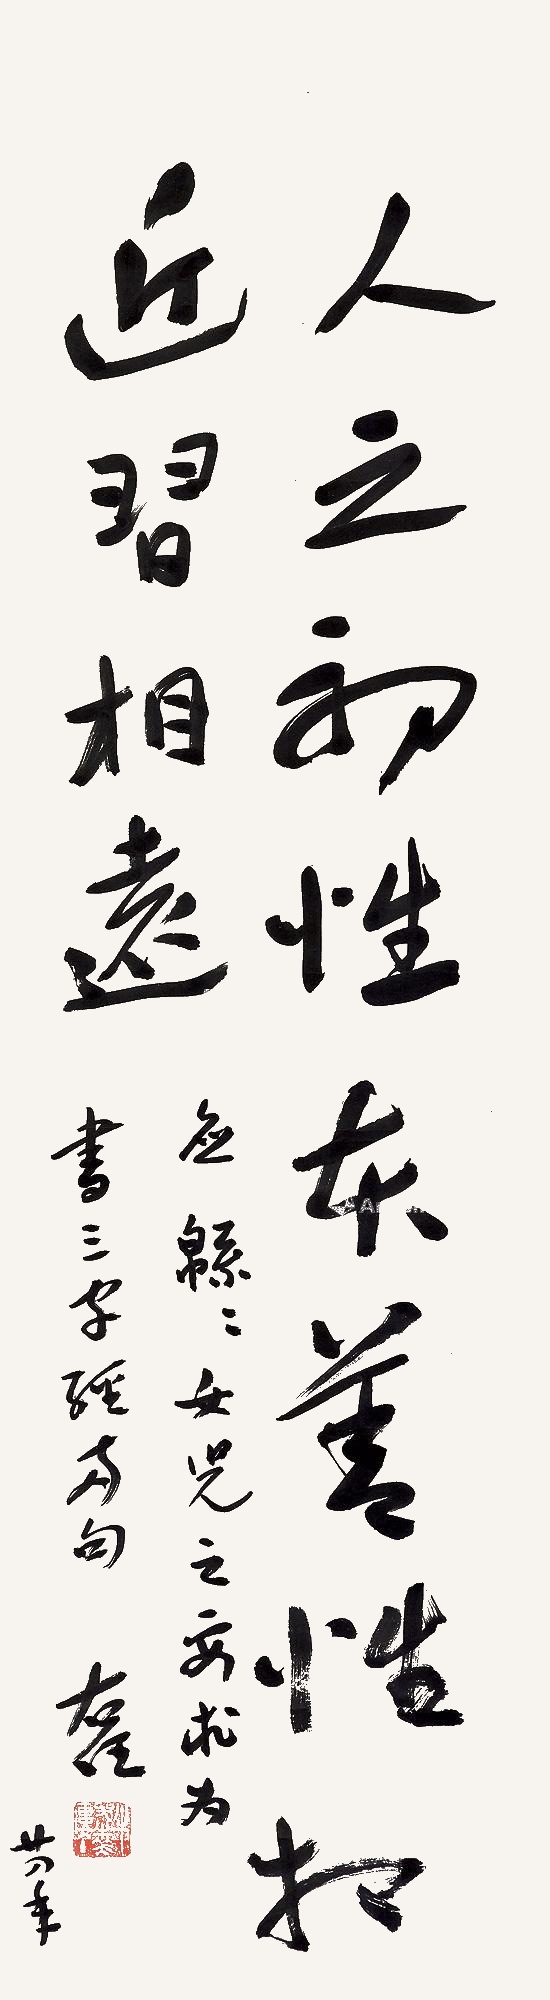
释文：人之初，性本善，性相近，习相远。应绵绵女儿之要求，为书三字经两句，右任，廿八年。